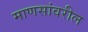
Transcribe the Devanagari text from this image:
माणसांवरील